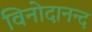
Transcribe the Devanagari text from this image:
विनोदानन्द